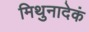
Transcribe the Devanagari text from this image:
मिथुनादेकं